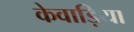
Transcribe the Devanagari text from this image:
केवाड़िया